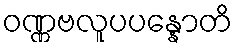
ဝဏ္ဏဗလူပပန္နောတိ